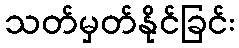
သတ်မှတ်နိုင်ခြင်း